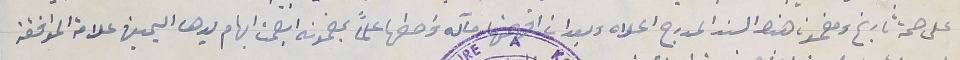
على صحة تاريخ ومضمون هذا السند المدرج اعلاه وبعد ان افهمتها مآله واحطها علماً بمضمونه ابصمت ابهام يدها اليمين علامة الموافقة